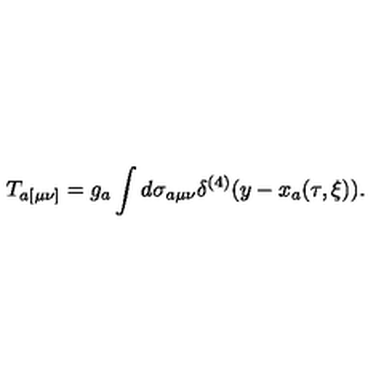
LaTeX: T _ { a [ \mu \nu ] } = g _ { a } \int d \sigma _ { a \mu \nu } \delta ^ { ( 4 ) } ( y - x _ { a } ( \tau , \xi ) ) .